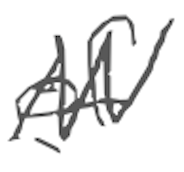
Text: of
Cross-out: zig-zag
Writing tool: digital_gray